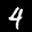
Label: 4